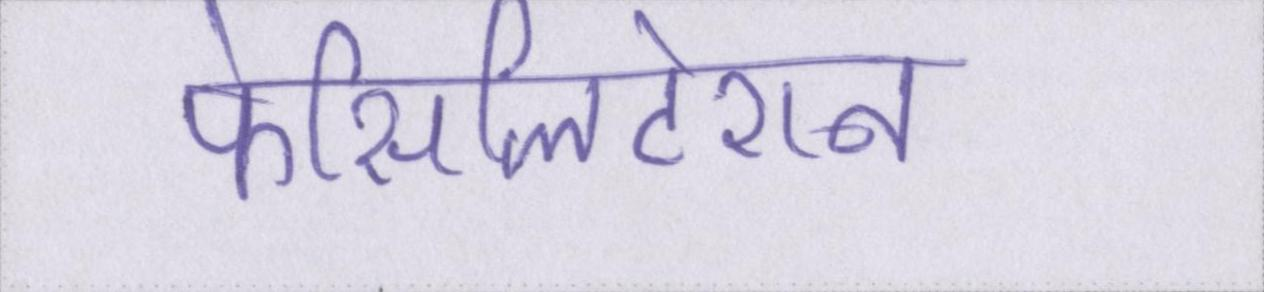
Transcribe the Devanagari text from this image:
फेसिलिटेशन